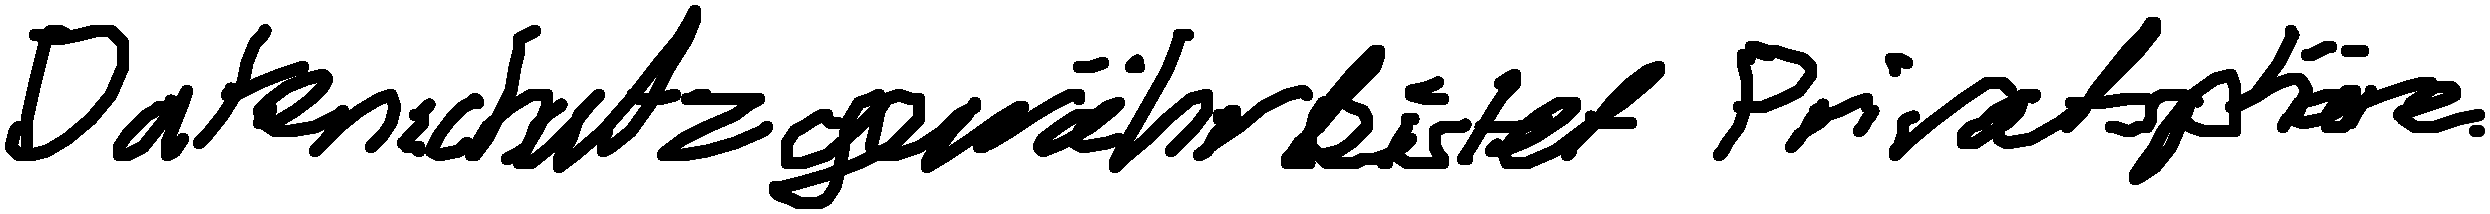
Datenschutz gewährleistet Privatsphäre.